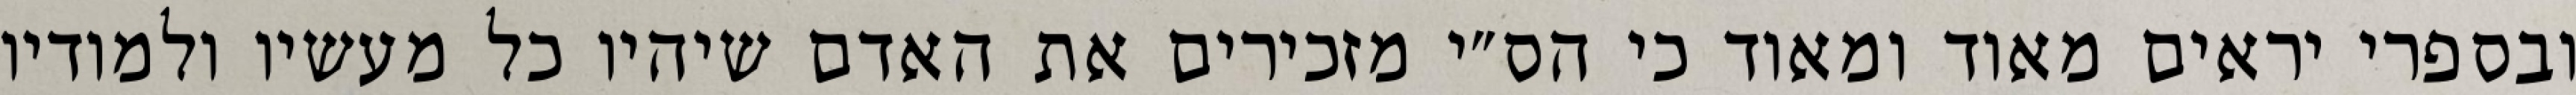
ובספרי יראים מאוד ומאוד כי הס״י מזכירים את האדם שיהיו כל מעשיו ולמודיו